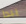
يبدا